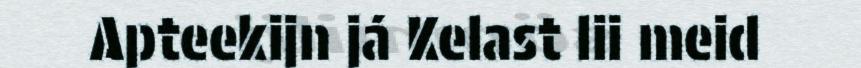
Apteekijn já Kelast lii meid